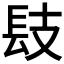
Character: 𨱜